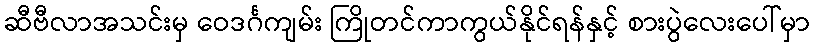
ဆီဗီလာအသင်းမှ ဝေဒင်္ဂကျမ်း ကြိုတင်ကာကွယ်နိုင်ရန်နှင့် စားပွဲလေးပေါ်မှာ